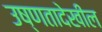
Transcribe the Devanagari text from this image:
उष्णतादेखील